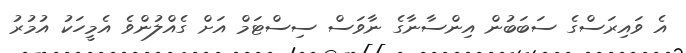
އެ ވައިރަސްގެ ސަބަބުން އިންސާނާގެ ނާވަސް ސިސްޓަމް އަށް ގެއްލުންވެ އެމީހަކު އުމުރު